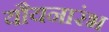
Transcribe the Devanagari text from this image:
यौयनारंभ